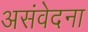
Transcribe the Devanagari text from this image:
असंवेदना